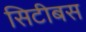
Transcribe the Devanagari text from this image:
सिटीबस